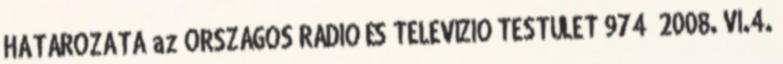
HATÁROZATA az ORSZÁGOS RÁDIÓ ÉS TELEVÍZIÓ TESTÜLET 974 2008. VI.4.